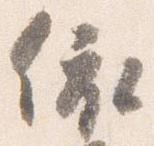
依